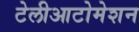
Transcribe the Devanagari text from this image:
टेलीआटोमेशन